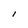
Character: I